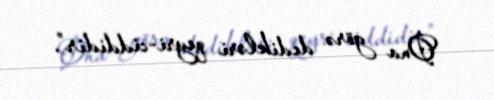
Ona görə dedikləri qeyri-ciddidir”.